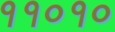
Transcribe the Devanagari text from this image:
११०१०